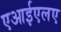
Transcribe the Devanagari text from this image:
एआईएलए